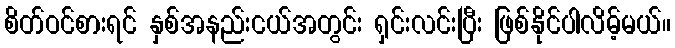
စိတ်ဝင်စားရင် နှစ်အနည်းငယ်အတွင်း ရှင်းလင်းပြီး ဖြစ်နိုင်ပါလိမ့်မယ်။